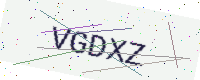
Text: VGDXZ